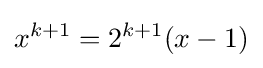
x^{k+1}=2^{k+1}(x-1)